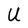
Character: U